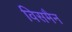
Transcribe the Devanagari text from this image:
विसमैन